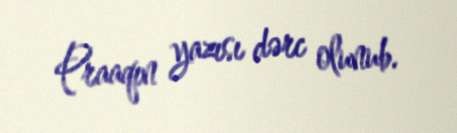
Praaqın yazısı dərc olunub.